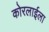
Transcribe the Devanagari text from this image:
कोरलाईला